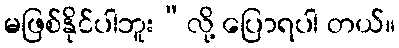
မဖြစ်နိုင်ပါဘူး”လို့ ပြောရပါ တယ်။